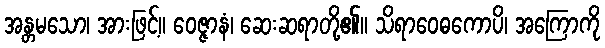
အန္တမသော၊ အားဖြင့်။ ဝေဇ္ဇာနံ၊ ဆေးဆရာတို့၏။ သိရာဝေဓကောပိ၊ အကြောကို